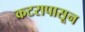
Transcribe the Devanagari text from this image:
कटरापासून